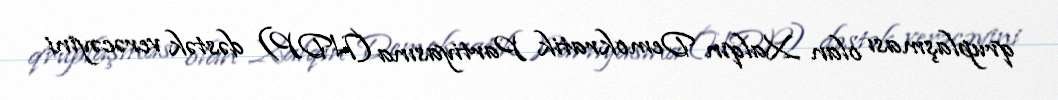
qruplaşması olan Xalqın Demokratik Partiyasına (HDP) dəstək verəcəyini